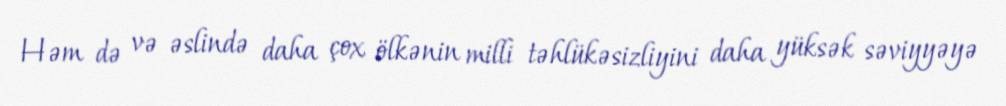
Həm də və əslində daha çox ölkənin milli təhlükəsizliyini daha yüksək səviyyəyə